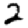
Digit: 2